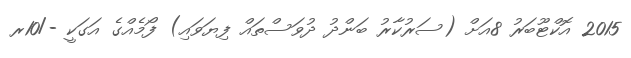
2015 އޮކްޓޫބަރު 8އަށް (ސަރުކާރު ބަންދު ދުވަސްތައް ފިޔަވައި) ފޯމެއްގެ އަގަކީ -/10ރ